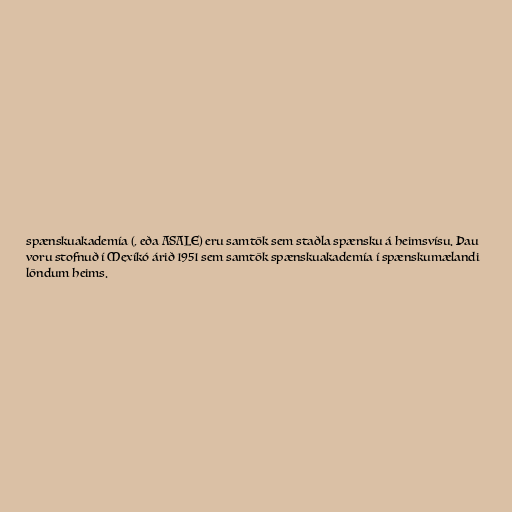
spænskuakademía (, eða ASALE) eru samtök sem staðla spænsku á heimsvísu. Þau
voru stofnuð í Mexíkó árið 1951 sem samtök spænskuakademía í spænskumælandi
löndum heims.